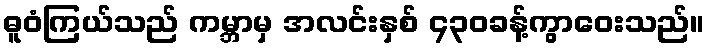
ဓူဝံကြယ်သည် ကမ္ဘာမှ အလင်းနှစ် ၄၃၀ခန့်ကွာဝေးသည်။